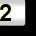
Digit: 2